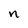
Character: n